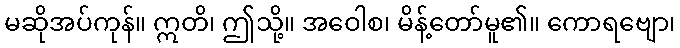
မဆိုအပ်ကုန်။ ဣတိ၊ ဤသို့။ အဝေါစ၊ မိန့်တော်မူ၏။ ကောရဗျော၊